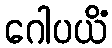
ဂေါပယိံ